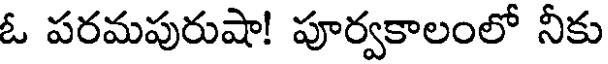
ఓ పరమపురుషా! పూర్వకాలంలో నీకు